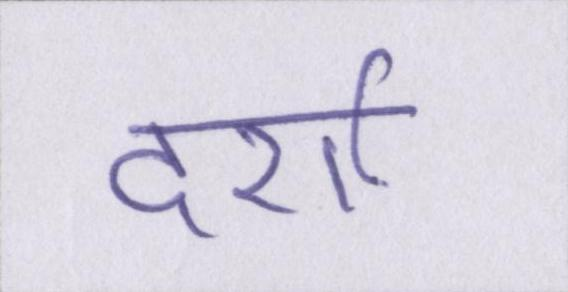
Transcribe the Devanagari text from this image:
दर्शा